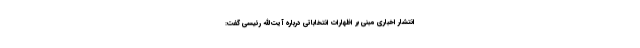
انتشار اخباری مبنی بر اظهارات انتخاباتی درباره آیت‌الله رئیسی گفت: